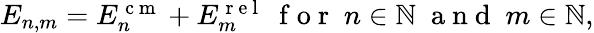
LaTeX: \begin{array}{r}{E_{n,m}=E_{n}^{\mathrm{~c~m~}}+E_{m}^{\mathrm{~r~e~l~}}\; \mathrm{~f~o~r~}\; n\in\mathbb{N}\; \mathrm{~a~n~d~}\; m\in\mathbb{N},}\end{array}